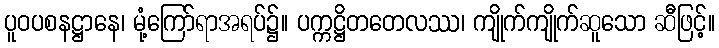
ပူဝပစနဋ္ဌာနေ၊ မုံ့ကြော်ရာအရပ်၌။ ပက္ကဋ္ဌိတတေလဿ၊ ကျိုက်ကျိုက်ဆူသော ဆီဖြင့်။